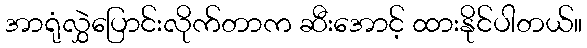
အာရုံလွှဲပြောင်းလိုက်တာက ဆီးအောင့် ထားနိုင်ပါတယ်။